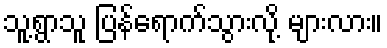
သူ့ရွာသူ ပြန်ရောက်သွားလို့ များလား။